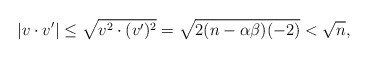
\begin{align*}|v\cdot v'| \leq \sqrt{v^2\cdot(v')^2} = \sqrt{2(n - \alpha\beta)(-2)} < \sqrt{n},\end{align*}